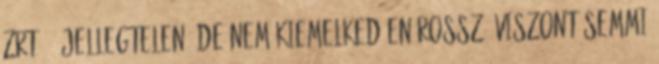
Zrt. . Jellegtelen, de nem kiemelkedően rossz, viszont semmi